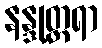
နန္ဒုတ္တရာ